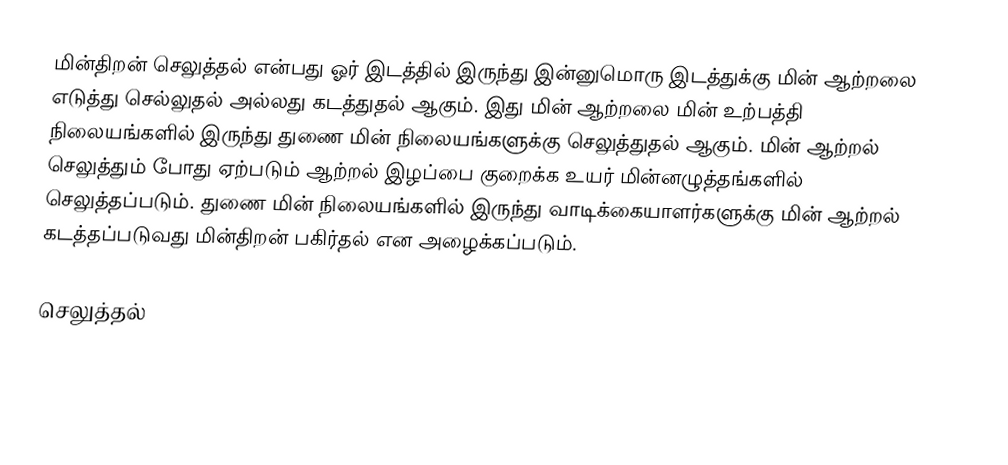
மின்திறன் செலுத்தல் என்பது ஓர் இடத்தில் இருந்து இன்னுமொரு இடத்துக்கு மின் ஆற்றலை எடுத்து செல்லுதல் அல்லது கடத்துதல் ஆகும். இது மின் ஆற்றலை மின் உற்பத்தி நிலையங்களில் இருந்து துணை மின் நிலையங்களுக்கு செலுத்துதல் ஆகும். மின் ஆற்றல் செலுத்தும் போது ஏற்படும் ஆற்றல் இழப்பை குறைக்க உயர் மின்னழுத்தங்களில் செலுத்தப்படும். துணை மின் நிலையங்களில் இருந்து வாடிக்கையாளர்களுக்கு மின் ஆற்றல் கடத்தப்படுவது மின்திறன் பகிர்தல் என அழைக்கப்படும்.

செலுத்தல்

bg:Електрически далекопровод